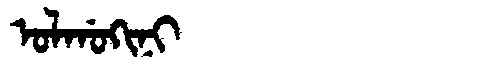
Manchu: ᠣᠯᡤᠣᡴᡳᠨᡳ
Romanization: OLGOKINI